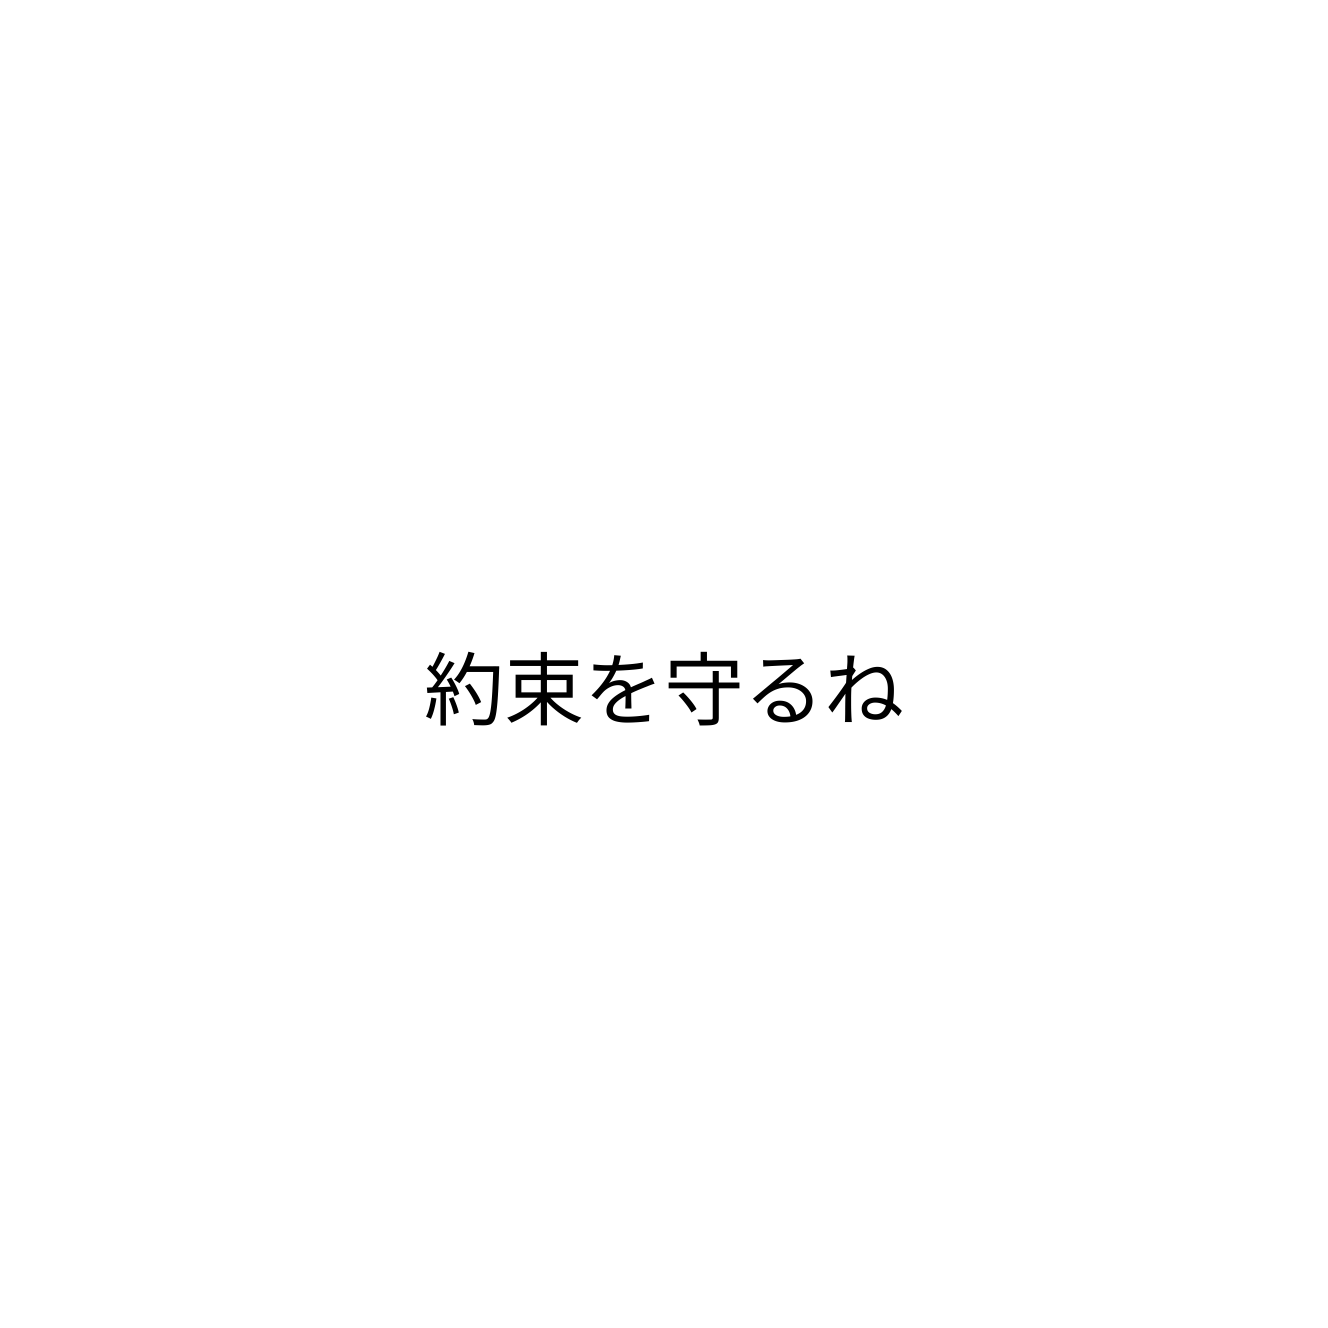
約束を守るね